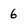
Character: 6